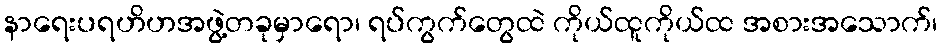
နာရေးပရဟိဟအဖွဲ့တခုမှာရော၊ ရပ်ကွက်တွေထဲ ကိုယ်ထူကိုယ်ထ အစားအသောက်၊